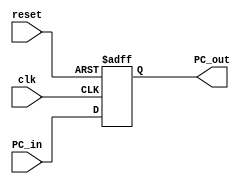
`timescale 1ns / 1ps
//////////////////////////////////////////////////////////////////////////////////
// Company: 
// Engineer: 
// 
// Design Name: 
// Module Name:    PC 
// Project Name: 
// Target Devices: 
// Tool versions: 
// Description: 
//
// Dependencies: 
//
// Revision: 
// Revision 0.01 - File Created
// Additional Comments: 
//
//////////////////////////////////////////////////////////////////////////////////
module PC(
    input [31:0] PC_in,
    output reg[31:0] PC_out,
    input clk,
    input reset
    );
		always @ (posedge clk or posedge reset)
			begin
				if(reset==1'b1)
					PC_out <= 0;
				else
					PC_out <= PC_in;
			end
endmodule